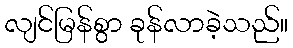
လျင်မြန်စွာ ခုန်လာခဲ့သည်။